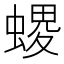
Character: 𧏧